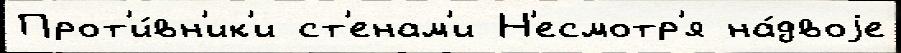
Прот'и́вн'ик'и ст'енам'и Н'есмотр'я на́двоjе